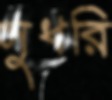
সুধরি